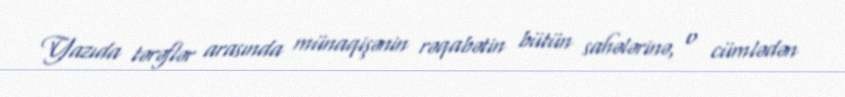
Yazıda tərəflər arasında münaqişənin rəqabətin bütün sahələrinə, o cümlədən